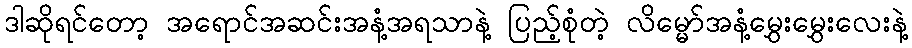
ဒါဆိုရင်တော့ အရောင်အဆင်းအနံ့အရသာနဲ့ ပြည့်စုံတဲ့ လိမ္မော်အနံ့မွှေးမွှေးလေးနဲ့